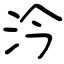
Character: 汵